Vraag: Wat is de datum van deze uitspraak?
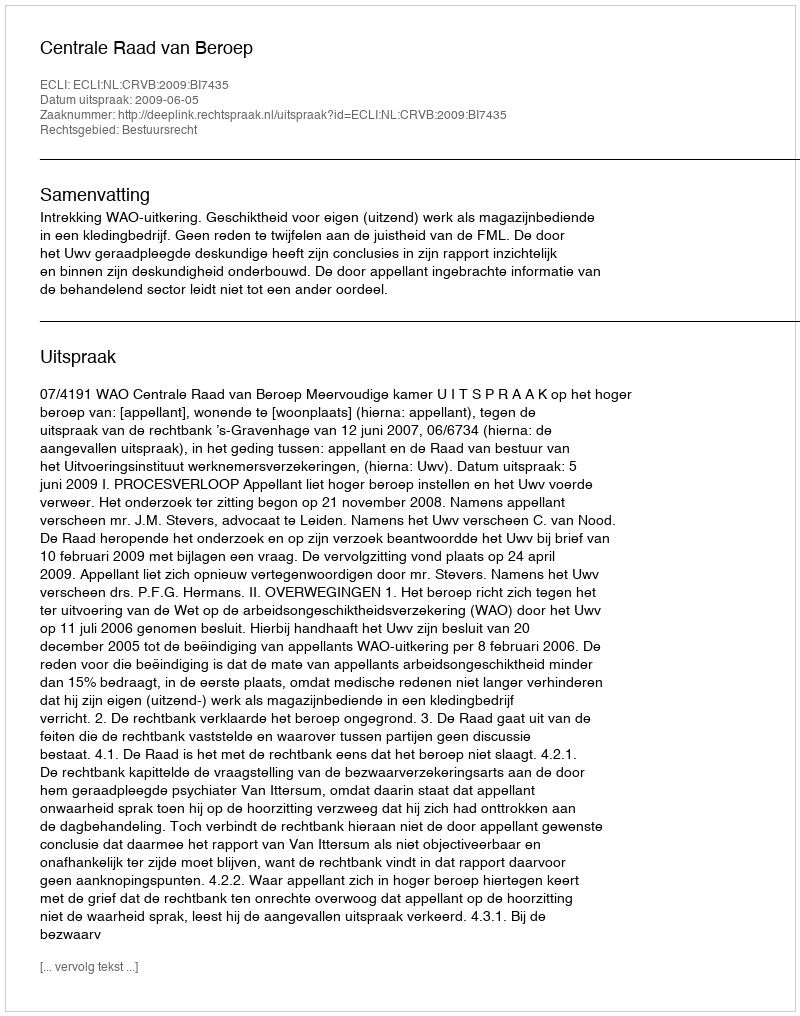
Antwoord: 2009-06-05